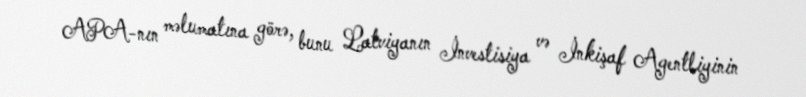
APA-nın məlumatına görə, bunu Latviyanın İnvestisiya və İnkişaf Agentliyinin